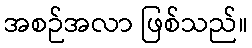
အစဉ်အလာ ဖြစ်သည်။